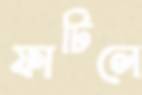
ফাটিলে